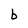
Character: b